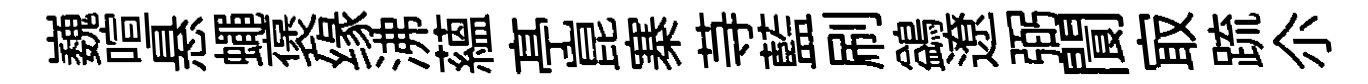
巍喧悬蠅褒缘沸蘊𠅘崑寨䒭藍刷鷁遼弼閬㝡䟽尒